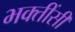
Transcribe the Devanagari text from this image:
भक्तींसी